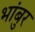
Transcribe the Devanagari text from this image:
भांबुर